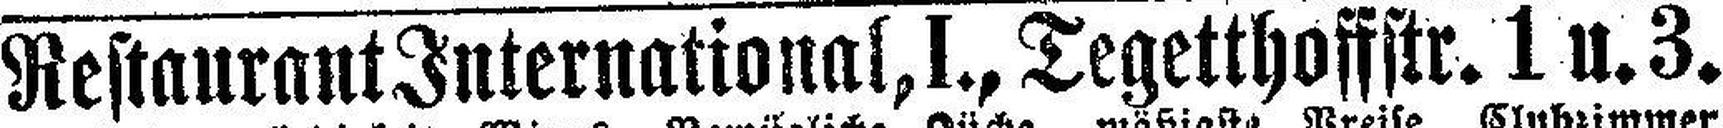
Restaurant Internationat, I., Tegetthoffstr.1 u. 3.